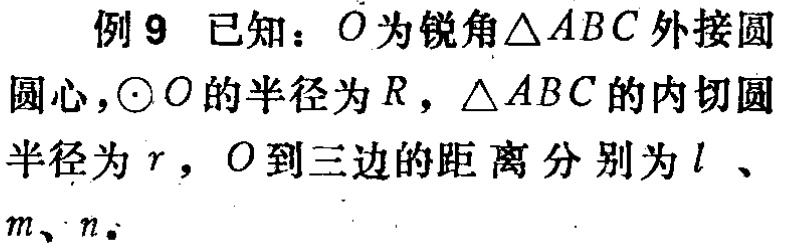
例9 已知：\(O\)为锐角\(\triangle ABC\)外接圆
圆心，\(\odot O\)的半径为\(R\)，\(\triangle ABC\)的内切圆
半径为\(r\)，\(O\)到三边的距离分别为\(l\)、
\(m\)、\(n\)。